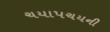
ચયાપચયની